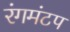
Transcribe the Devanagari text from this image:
रंगमंटप